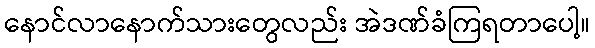
နောင်လာနောက်သားတွေလည်း အဲဒဏ်ခံကြရတာပေါ့။